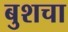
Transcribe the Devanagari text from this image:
बुशचा